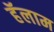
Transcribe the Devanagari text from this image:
हॅलाम